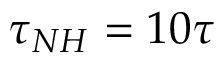
\tau _ { N H } = 1 0 \tau